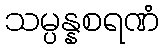
သမ္ပန္နစရဏံ